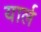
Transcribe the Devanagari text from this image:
यार्ल